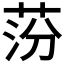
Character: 𦰛